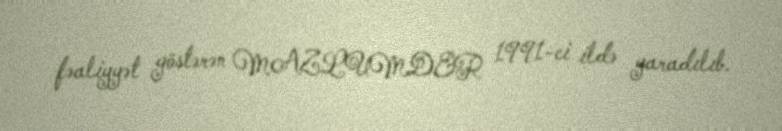
fəaliyyət göstərən MAZLUMDER 1991-ci ildə yaradılıb.